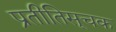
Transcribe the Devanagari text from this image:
प्रतीतिसूचक